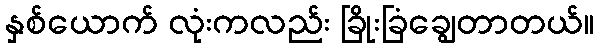
နှစ်ယောက် လုံးကလည်း ခြိုးခြံချွေတာတယ်။